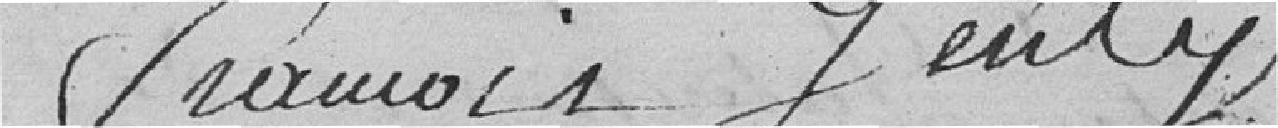
François Genty